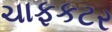
ચાફકટર